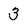
Character: 3